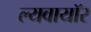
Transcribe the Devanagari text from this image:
ल्यवायॉर